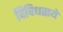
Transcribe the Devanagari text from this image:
विविधतायें